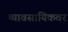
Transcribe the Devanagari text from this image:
व्यावसायिकवर